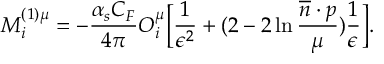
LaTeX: M _ { i } ^ { ( 1 ) \mu } = - \frac { \alpha _ { s } C _ { F } } { 4 \pi } O _ { i } ^ { \mu } \Bigl [ \frac { 1 } { \epsilon ^ { 2 } } + ( 2 - 2 \ln \frac { \overline { { { n } } } \cdot p } { \mu } ) \frac { 1 } { \epsilon } \Bigr ] .